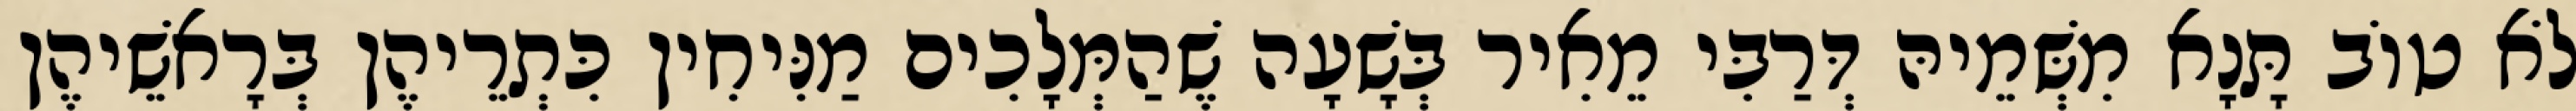
לֹא טוֹב תָּנָא מִשְּׁמֵיהּ דְּרַבִּי מֵאִיר בְּשָׁעָה שֶׁהַמְּלָכִים מַנִּיחִין כִּתְרֵיהֶן בְּרָאשֵׁיהֶן